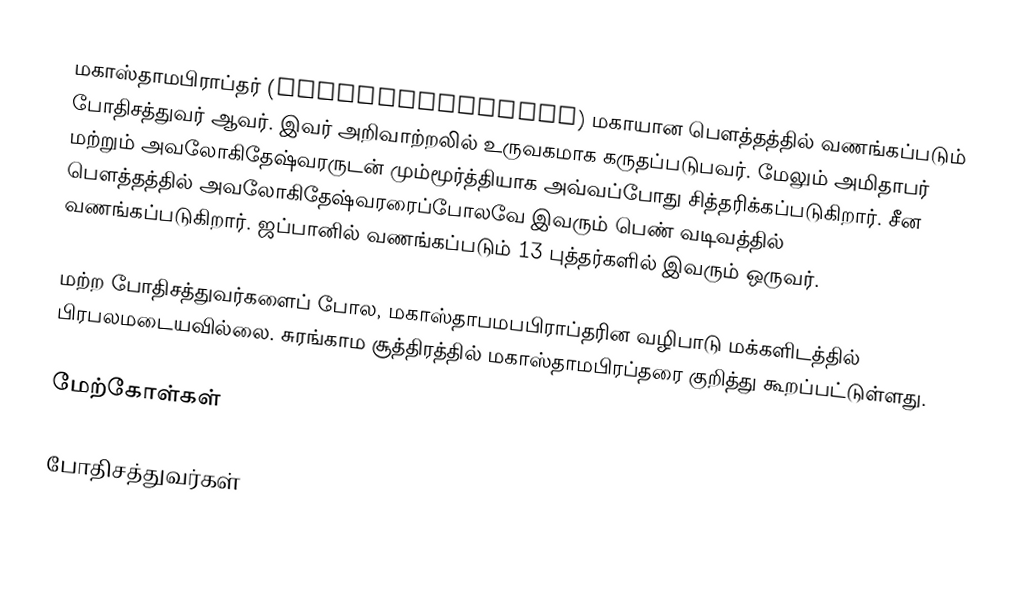
மகாஸ்தாமபிராப்தர் (महास्थामप्राप्त) மகாயான பௌத்தத்தில் வணங்கப்படும் போதிசத்துவர் ஆவர். இவர் அறிவாற்றலில் உருவகமாக கருதப்படுபவர். மேலும் அமிதாபர் மற்றும் அவலோகிதேஷ்வரருடன் மும்மூர்த்தியாக அவ்வப்போது சித்தரிக்கப்படுகிறார். சீன பௌத்தத்தில் அவலோகிதேஷ்வரரைப்போலவே இவரும் பெண் வடிவத்தில் வணங்கப்படுகிறார். ஜப்பானில் வணங்கப்படும் 13 புத்தர்களில் இவரும் ஒருவர்.

மற்ற போதிசத்துவர்களைப் போல, மகாஸ்தாபமபபிராப்தரின வழிபாடு மக்களிடத்தில் பிரபலமடையவில்லை. சுரங்காம சூத்திரத்தில் மகாஸ்தாமபிரப்தரை குறித்து கூறப்பட்டுள்ளது.

மேற்கோள்கள்

போதிசத்துவர்கள்